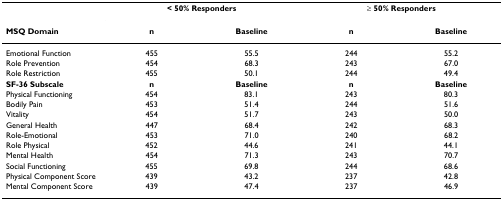
|  | <COLSPAN=2> < 50% Responders | <COLSPAN=2> ≥ 50% Responders |
 | MSQ Domain | n | Baseline | n | Baseline |
 | --- | --- | --- | --- | --- |
 | Emotional Function | 455 | 55.5 | 244 | 55.2 |
 | Role Prevention | 454 | 68.3 | 243 | 67.0 |
 | Role Restriction | 455 | 50.1 | 244 | 49.4 |
 | SF-36 Subscale | n | Baseline | n | Baseline |
 | Physical Functioning | 454 | 83.1 | 243 | 80.3 |
 | Bodily Pain | 453 | 51.4 | 244 | 51.6 |
 | Vitality | 454 | 51.7 | 243 | 50.0 |
 | General Health | 447 | 68.4 | 242 | 68.3 |
 | Role-Emotional | 453 | 71.0 | 240 | 68.2 |
 | Role Physical | 452 | 44.6 | 241 | 44.1 |
 | Mental Health | 454 | 71.3 | 243 | 70.7 |
 | Social Functioning | 455 | 69.8 | 244 | 68.6 |
 | Physical Component Score | 439 | 43.2 | 237 | 42.8 |
 | Mental Component Score | 439 | 47.4 | 237 | 46.9 |